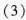
(3)